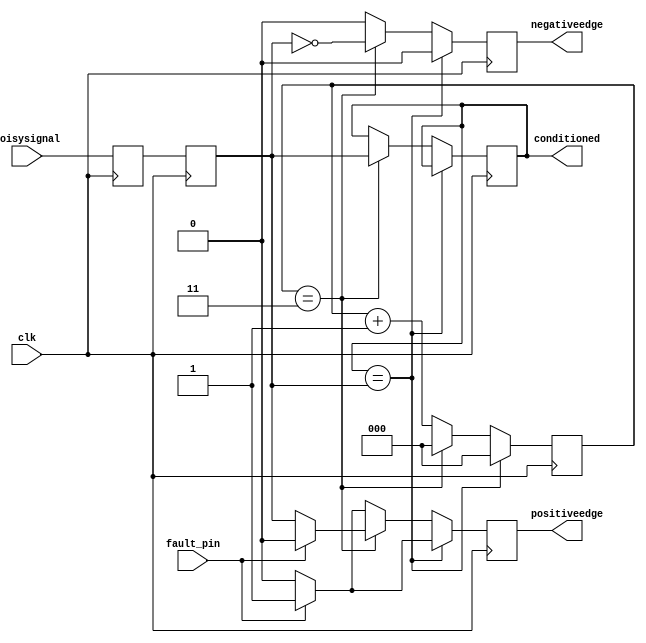
//------------------------------------------------------------------------
// Input Conditioner
//    1) Synchronizes input to clock domain
//    2) Debounces input
//    3) Creates pulses at edge transitions
//------------------------------------------------------------------------

module inputconditioner_breakable
(
input 	    clk,            // Clock domain to synchronize input to
input	    noisysignal,    // (Potentially) noisy input signal
input       fault_pin,
output reg  conditioned,    // Conditioned output signal
output reg  positiveedge,   // 1 clk pulse at rising edge of conditioned
output reg  negativeedge    // 1 clk pulse at falling edge of conditioned
);

    parameter counterwidth = 3; // Counter size, in bits, >= log2(waittime)
    parameter waittime = 3;     // Debounce delay, in clock cycles
    
    reg [counterwidth-1:0] counter = 0;
    reg synchronizer0 = 0;
    reg synchronizer1 = 0;
    
    always @(posedge clk ) begin
        // make sure that positiveedge and negativeedge only last for one clock cycle
        if (fault_pin) begin
            positiveedge <= 1;
        end else begin
            positiveedge <= 0;
        end
        negativeedge <= 0;
        if(conditioned == synchronizer1) begin
            counter <= 0;
        end else begin
            if( counter == waittime) begin
                counter <= 0;
                conditioned <= synchronizer1;
                if (fault_pin) begin
                    positiveedge <= 0;
                end else begin
                    positiveedge <= synchronizer1;  // set positiveedge to the value of synchronizer1 
                end
                // under the if statement that synchronizer1 is not equal to conditioned
                negativeedge <= !synchronizer1;  // set negativeedge to the value of not synchronizer1 
                // under the if statement that synchronizer1 is not equal to conditioned
            end
            else begin
                counter <= counter+1;
            end
        end
        synchronizer0 <= noisysignal;
        synchronizer1 <= synchronizer0;
    end
endmodule